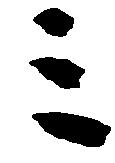
ミ